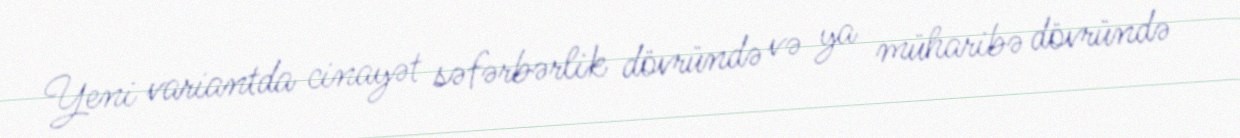
Yeni variantda cinayət səfərbərlik dövründə və ya müharibə dövründə